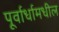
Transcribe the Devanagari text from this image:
पूर्वार्धामधील